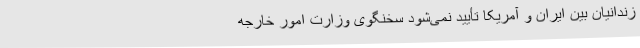
زندانیان بین ایران و آمریکا تأیید نمی‌شود سخنگوی وزارت امور خارجه